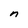
Character: n